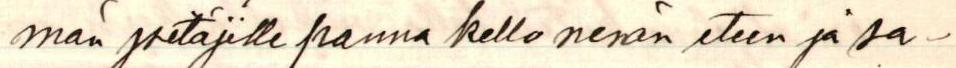
män pitäjille panna kello nenän eteen ja sa-